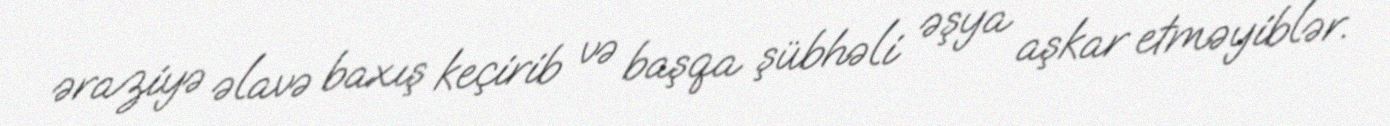
əraziyə əlavə baxış keçirib və başqa şübhəli əşya aşkar etməyiblər.